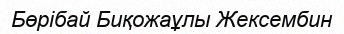
Бөрібай Биқожаұлы Жексембин